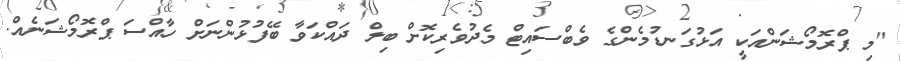
"މި ޕްރޮމޯޝަންއަކީ އަޅުގަނޑުމެންގެ ވެބްސައިޓް މެދުވެރިކޮށް ބިލް ދައްކަވާ ބޭފުޅުންނަށް ހާއްސަ ޕްރޮމޯޝަނެއް.